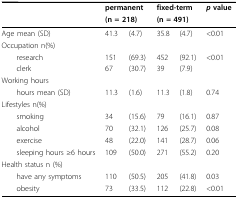
|  | <COLSPAN=2> permanent | <COLSPAN=2> fixed-term | p value |
 |  | <COLSPAN=2> (n = 218) | <COLSPAN=2> (n = 491) |  |
 | --- | --- | --- | --- | --- | --- |
 | Age mean (SD) | 41.3 | (4.7) | 35.8 | (4.7) | <0.01 |
 | Occupation n(%) |  |  |  |  |  |
 | research | 151 | (69.3) | 452 | (92.1) | <0.01 |
 | clerk | 67 | (30.7) | 39 | (7.9) |  |
 | Working hours |  |  |  |  |  |
 | hours mean (SD) | 11.3 | (1.6) | 11.3 | (1.8) | 0.74 |
 | Lifestyles n(%) |  |  |  |  |  |
 | smoking | 34 | (15.6) | 79 | (16.1) | 0.87 |
 | alcohol | 70 | (32.1) | 126 | (25.7) | 0.08 |
 | exercise | 48 | (22.0) | 141 | (28.7) | 0.06 |
 | sleeping hours ≥6 hours | 109 | (50.0) | 271 | (55.2) | 0.20 |
 | Health status n (%) |  |  |  |  |  |
 | have any symptoms | 110 | (50.5) | 205 | (41.8) | 0.03 |
 | obesity | 73 | (33.5) | 112 | (22.8) | <0.01 |